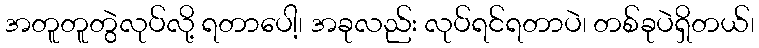
အတူတူတွဲလုပ်လို့ ရတာပေါ့၊ အခုလည်း လုပ်ရင်ရတာပဲ၊ တစ်ခုပဲရှိတယ်၊